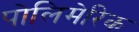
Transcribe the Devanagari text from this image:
पोलिमेरिक